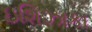
ઇશિઝાકા